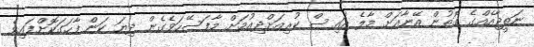
ނަތީޖާއެއްގެ ގޮތުން އޭނާއަށް މާލެ އައިސް ކުރިއަށްދިއުމަށް މާފަސޭހަވެގެން ދިޔަ ކަން ފާހަގަކޮށްފައިވެ